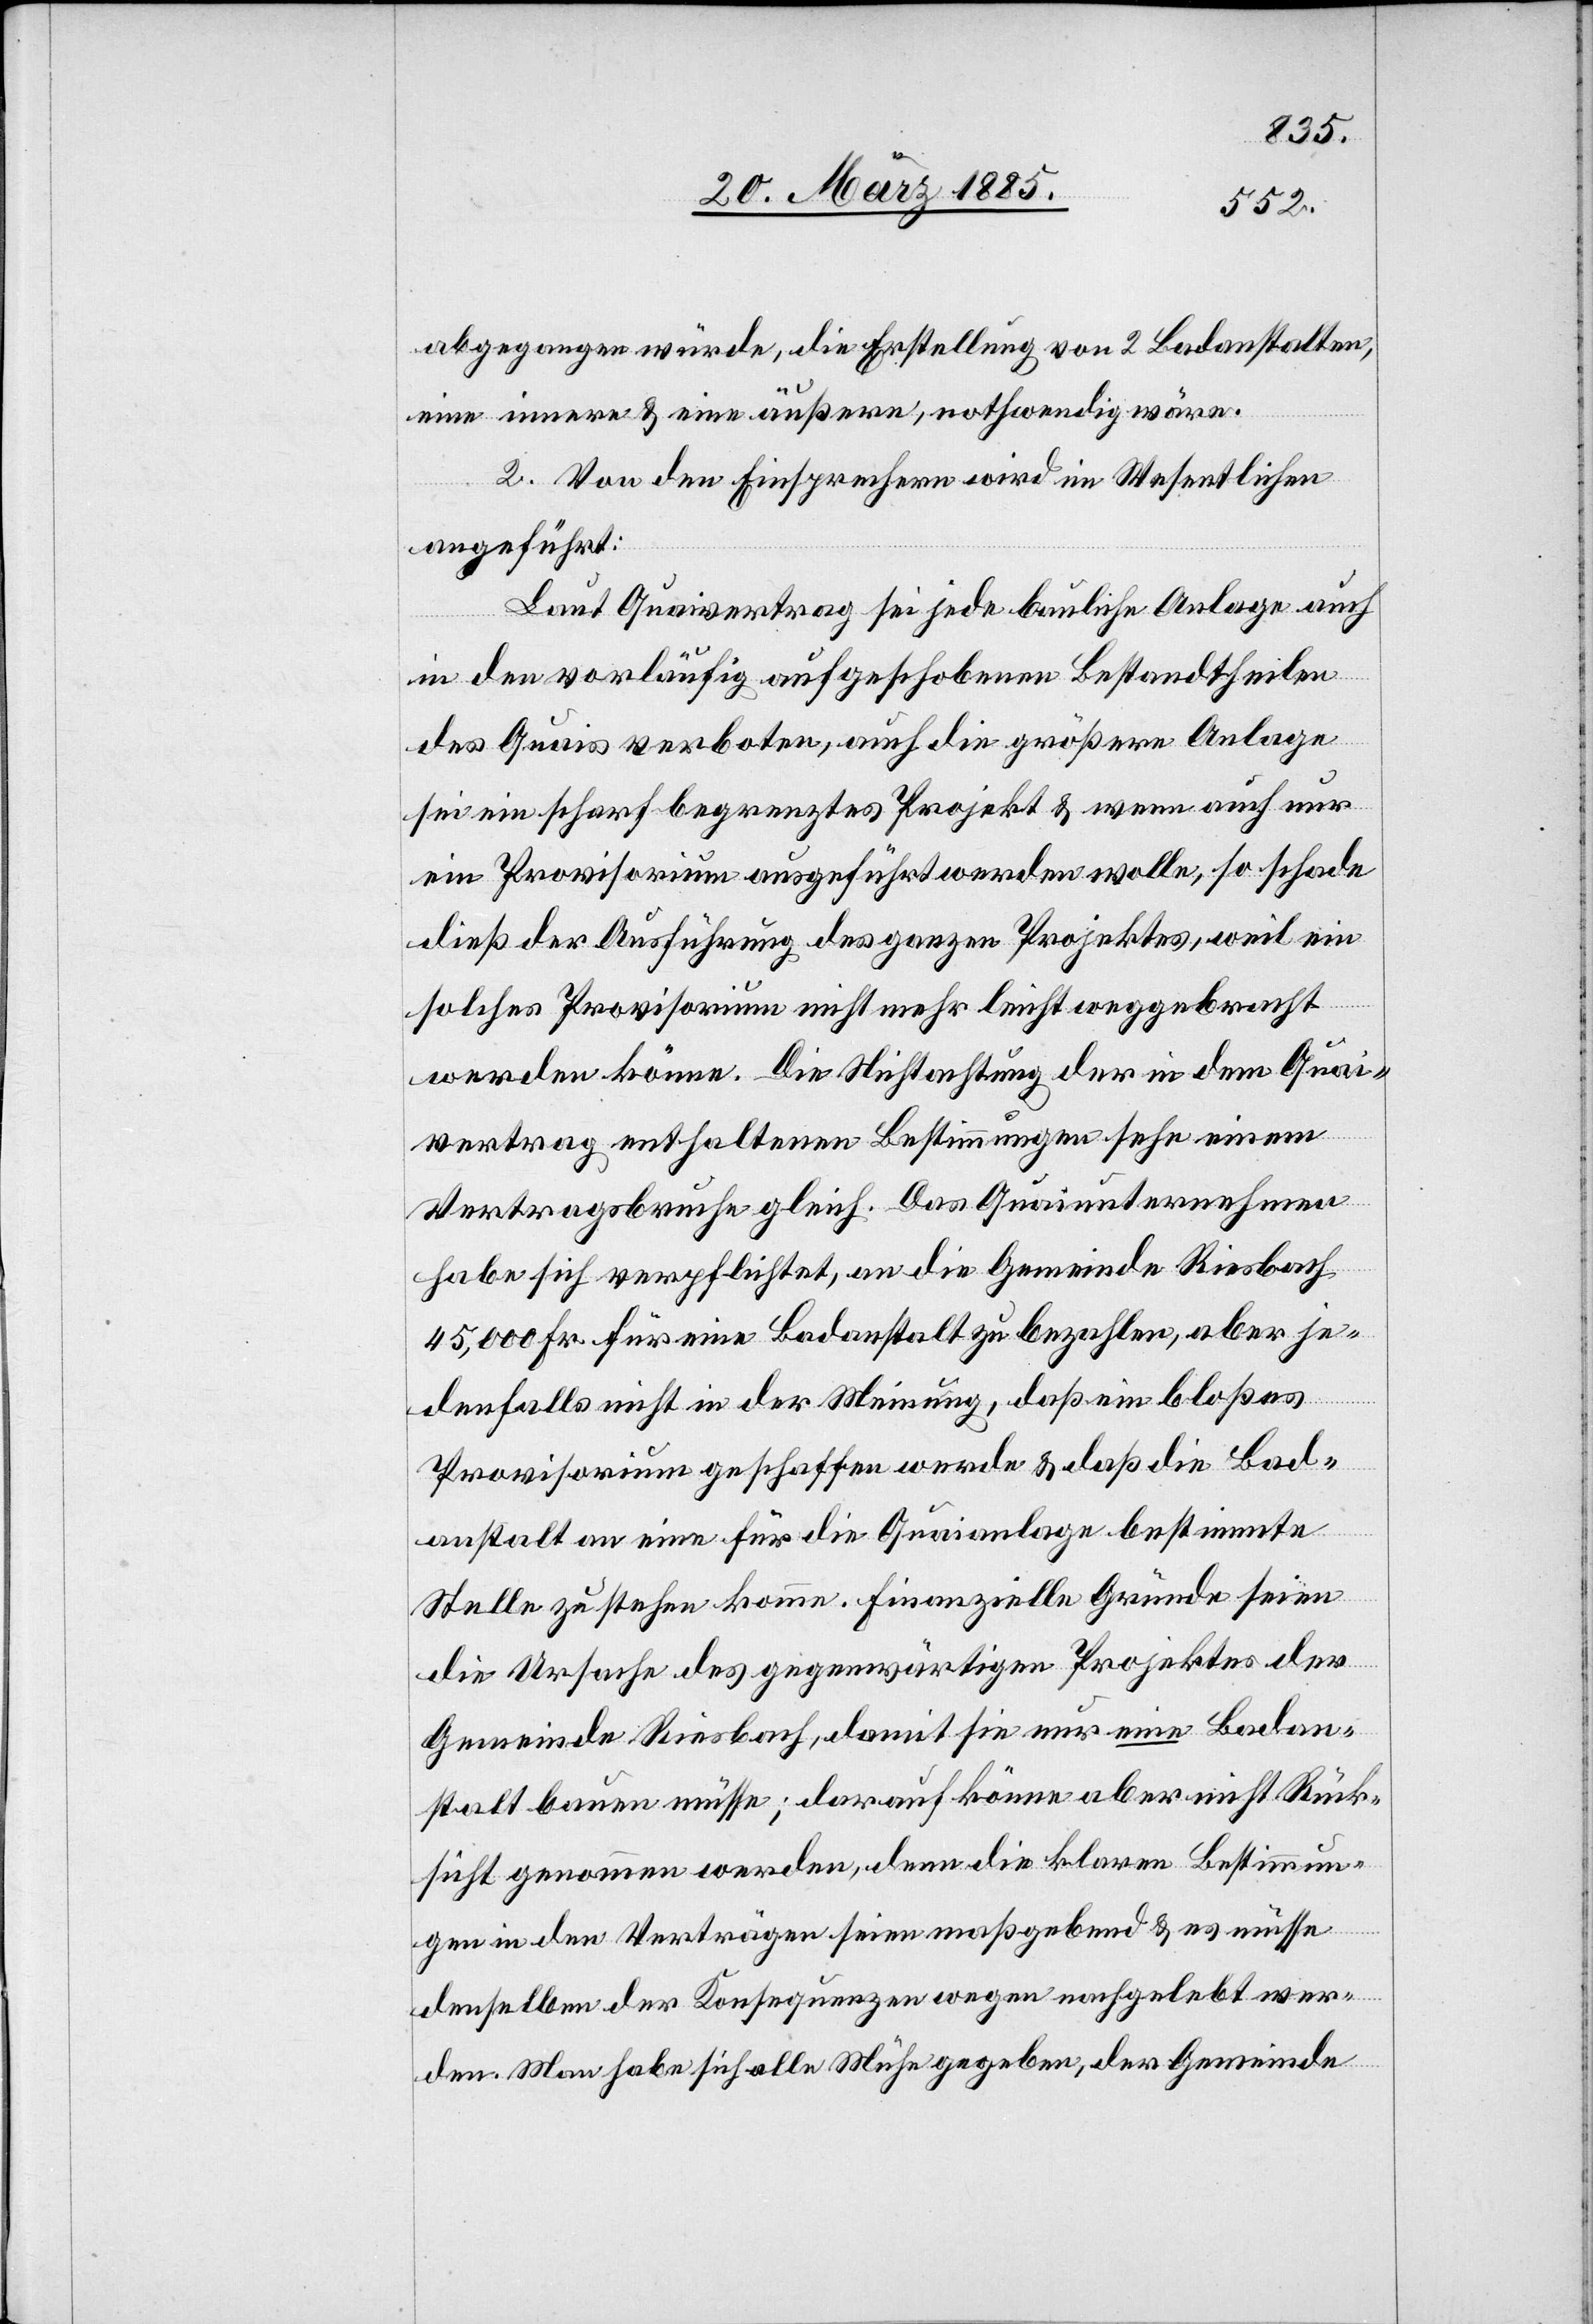
abgegangen würde, die Erstellung von 2 Badanstalten,
eine innere & eine äußere, nothwendig wäre.
2. Von den Einsprechern wird im Wesentlichen
angeführt:
Laut Quaivertrag sei jede bauliche Anlage auch
in den vorläufig aufgeschobenen Bestandttheilen
des Quais verboten, auch die größere Anlage
sei ein scharf begrenztes Projekt & wenn auch nur
ein Provisorium ausgeführt werden wolle, so schade
dieß der Ausführung des ganzen Projektes, weil ein
solches Provisorium nicht mehr leicht weggebracht
werden könne. Die Nichtachtung der in dem Quai¬
vertrag enthaltenen Bestimmungen sehe einem
Vertragsbruche gleich. Das Quaiunternehmen
habe sich verpflichtet, an die Gemeinde Riesbach
45,000 Fr. für eine Badanstalt zu bezahlen, aber je¬
denfalls nicht in der Meinung, daß ein bloßes
Provisorium geschaffen werde & daß die Bad¬
anstalt an eine für die Quaianlage bestimmte
Stelle zu stehen komme. Finanzielle Gründe seien
die Ursache des gegenwärtigen Projektes der
Gemeinde Riesbach, damit sie nur eine Badan¬
stalt bauen müsse; darauf könne aber nicht Rück¬
sicht genommen werden, denn die klaren Bestimmun¬
gen in den Verträgen seien maßgebend & es müsse
denselben der Konsequenzen wegen nachgelebt wer¬
den. Man habe sich alle Mühe gegeben, der Gemeinde